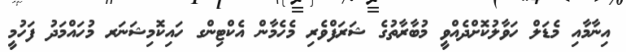
އިނާމާއި މެޑަލް ހަވާލުކޮށްދެއްވީ މުބާރާތުގެ ޝަރަފްވެރި މެހެމާން އެކްޓިންގ ހައިކޮމިޝަނަރ މުހައްމަދު ފަހުމީ